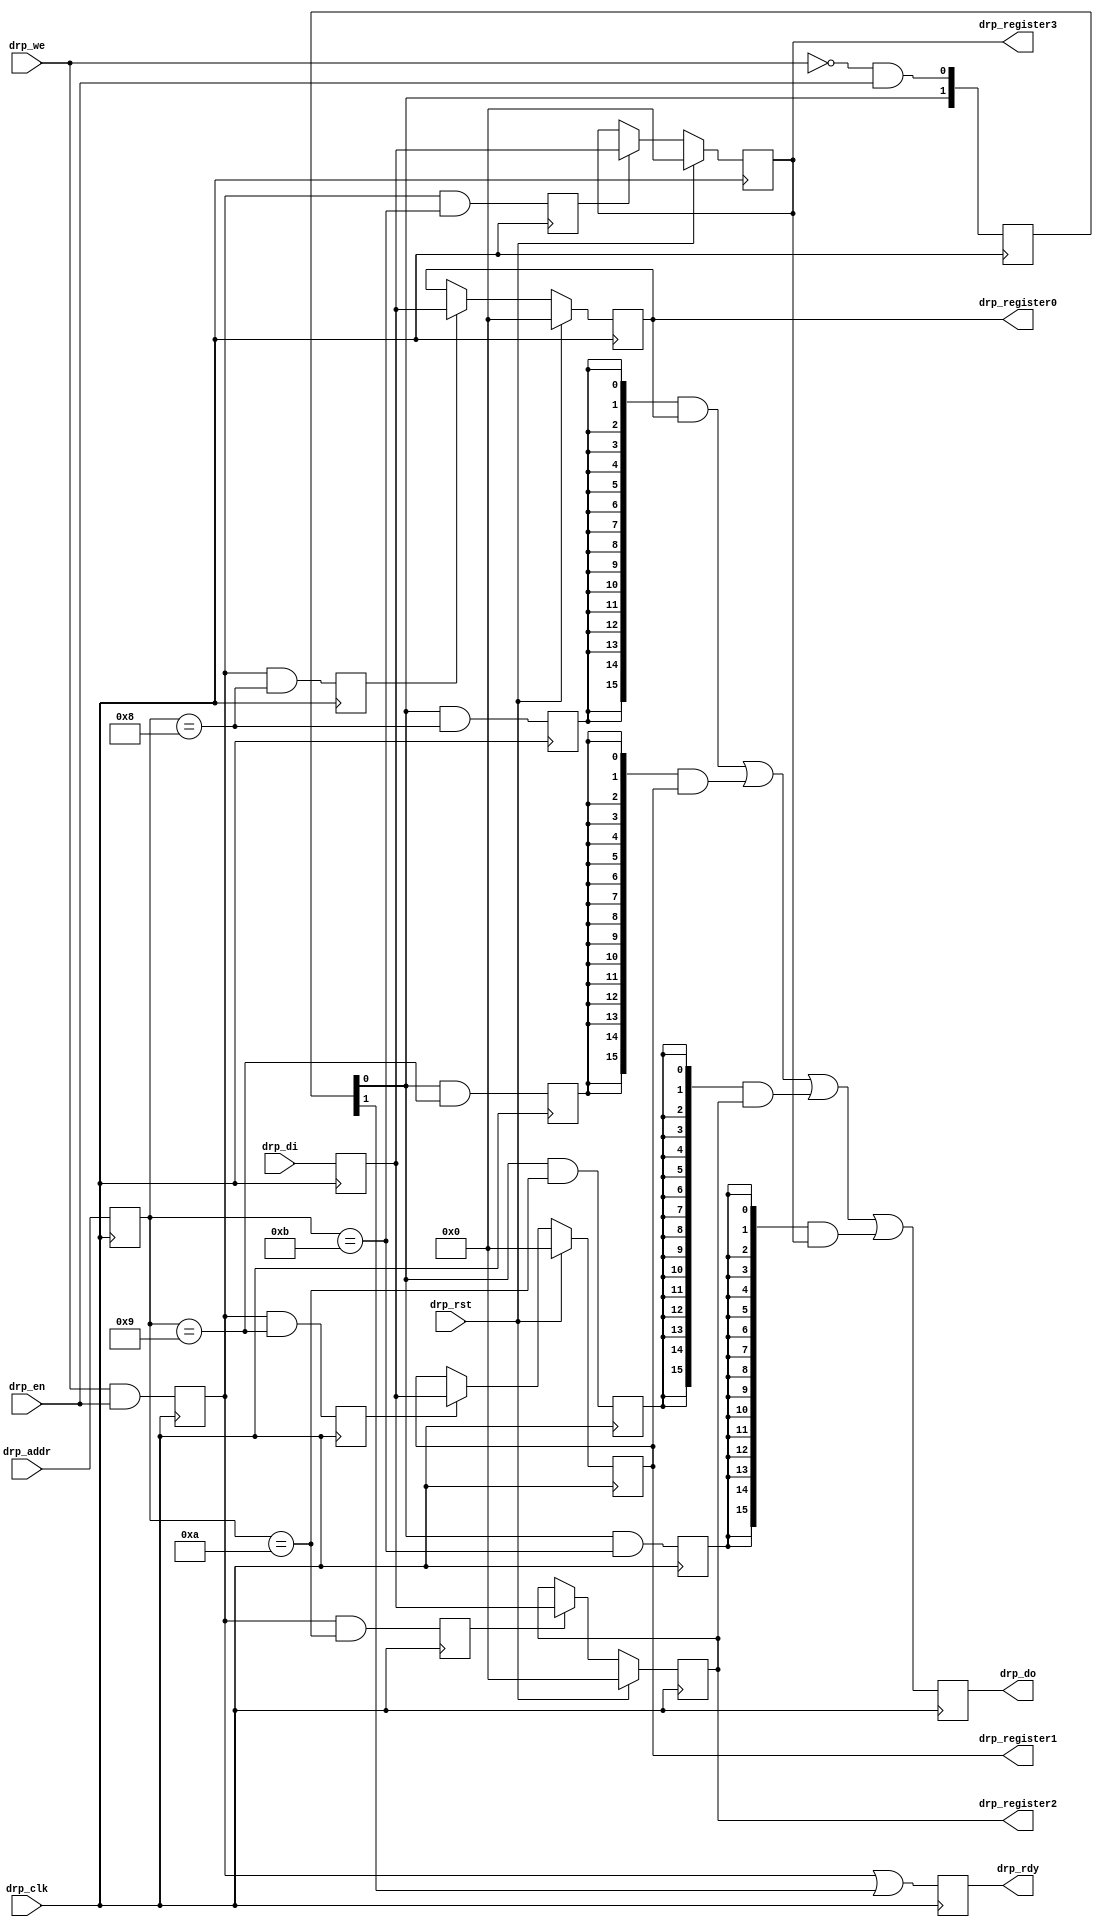
module  drp_other_registers#(
    parameter DRP_ABITS =       8,
    parameter DRP_REG0 =        8,
    parameter DRP_REG1 =        9,
    parameter DRP_REG2 =       10,
    parameter DRP_REG3 =       11
)(
    input                   drp_rst,
    input                   drp_clk,
    input                   drp_en, // @aclk strobes drp_ad
    input                   drp_we,
    input   [DRP_ABITS-1:0] drp_addr,       
    input            [15:0] drp_di,
    output reg              drp_rdy,
    output reg       [15:0] drp_do,
    output           [15:0] drp_register0,
    output           [15:0] drp_register1,
    output           [15:0] drp_register2,
    output           [15:0] drp_register3
);
    
    reg           [DRP_ABITS-1:0] drp_addr_r;
    reg                           drp_wr_r;
    reg                    [ 1:0] drp_rd_r;
    reg                    [15:0] drp_di_r;
    reg                           drp_reg0_set;
    reg                           drp_reg1_set;
    reg                           drp_reg2_set;
    reg                           drp_reg3_set;
    reg                           drp_reg0_get;
    reg                           drp_reg1_get;
    reg                           drp_reg2_get;
    reg                           drp_reg3_get;
    
    reg                    [15:0] drp_register0_r;
    reg                    [15:0] drp_register1_r;
    reg                    [15:0] drp_register2_r;
    reg                    [15:0] drp_register3_r;
    
    assign drp_register0 = drp_register0_r;
    assign drp_register1 = drp_register1_r;
    assign drp_register2 = drp_register2_r;
    assign drp_register3 = drp_register3_r;
    
    // DRP interface
    always @ (posedge drp_clk) begin
        drp_addr_r <=           drp_addr;
        drp_wr_r <=             drp_we && drp_en;
        drp_rd_r <=             {drp_rd_r[0],~drp_we & drp_en};
        drp_di_r <=             drp_di;
        
        drp_reg0_set <=         drp_wr_r &&    (drp_addr_r == DRP_REG0);
        drp_reg1_set <=         drp_wr_r &&    (drp_addr_r == DRP_REG1);
        drp_reg2_set <=         drp_wr_r &&    (drp_addr_r == DRP_REG2);
        drp_reg3_set <=         drp_wr_r &&    (drp_addr_r == DRP_REG3);
        drp_reg0_get <=         drp_rd_r[0] && (drp_addr_r == DRP_REG0);       
        drp_reg1_get <=         drp_rd_r[0] && (drp_addr_r == DRP_REG1);       
        drp_reg2_get <=         drp_rd_r[0] && (drp_addr_r == DRP_REG2);       
        drp_reg3_get <=         drp_rd_r[0] && (drp_addr_r == DRP_REG3);       
        
        drp_rdy <=              drp_wr_r || drp_rd_r[1];
        drp_do <=               ({16{drp_reg0_get}} & drp_register0_r) |
                                ({16{drp_reg1_get}} & drp_register1_r) |
                                ({16{drp_reg2_get}} & drp_register2_r) |
                                ({16{drp_reg3_get}} & drp_register3_r);
                                
        if      (drp_rst)       drp_register0_r <= 0;
        else if (drp_reg0_set)  drp_register0_r <= drp_di_r;
        
        if      (drp_rst)       drp_register1_r <= 0;
        else if (drp_reg1_set)  drp_register1_r <= drp_di_r;
        
        if      (drp_rst)       drp_register2_r <= 0;
        else if (drp_reg2_set)  drp_register2_r <= drp_di_r;
        
        if      (drp_rst)       drp_register3_r <= 0;
        else if (drp_reg3_set)  drp_register3_r <= drp_di_r;
        
    end

endmodule